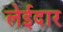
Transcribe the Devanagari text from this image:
लेईदार